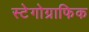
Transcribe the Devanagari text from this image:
स्टेगोग्राफिक